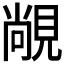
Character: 𬡾